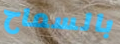
بالسماح